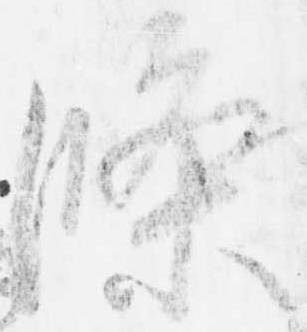
条